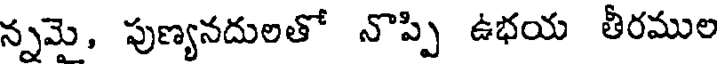
న్నమె, పుణ్యనదులతో నొప్పి ఉభయ తీరముల